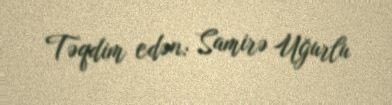
Təqdim edən: Samirə Uğurlu